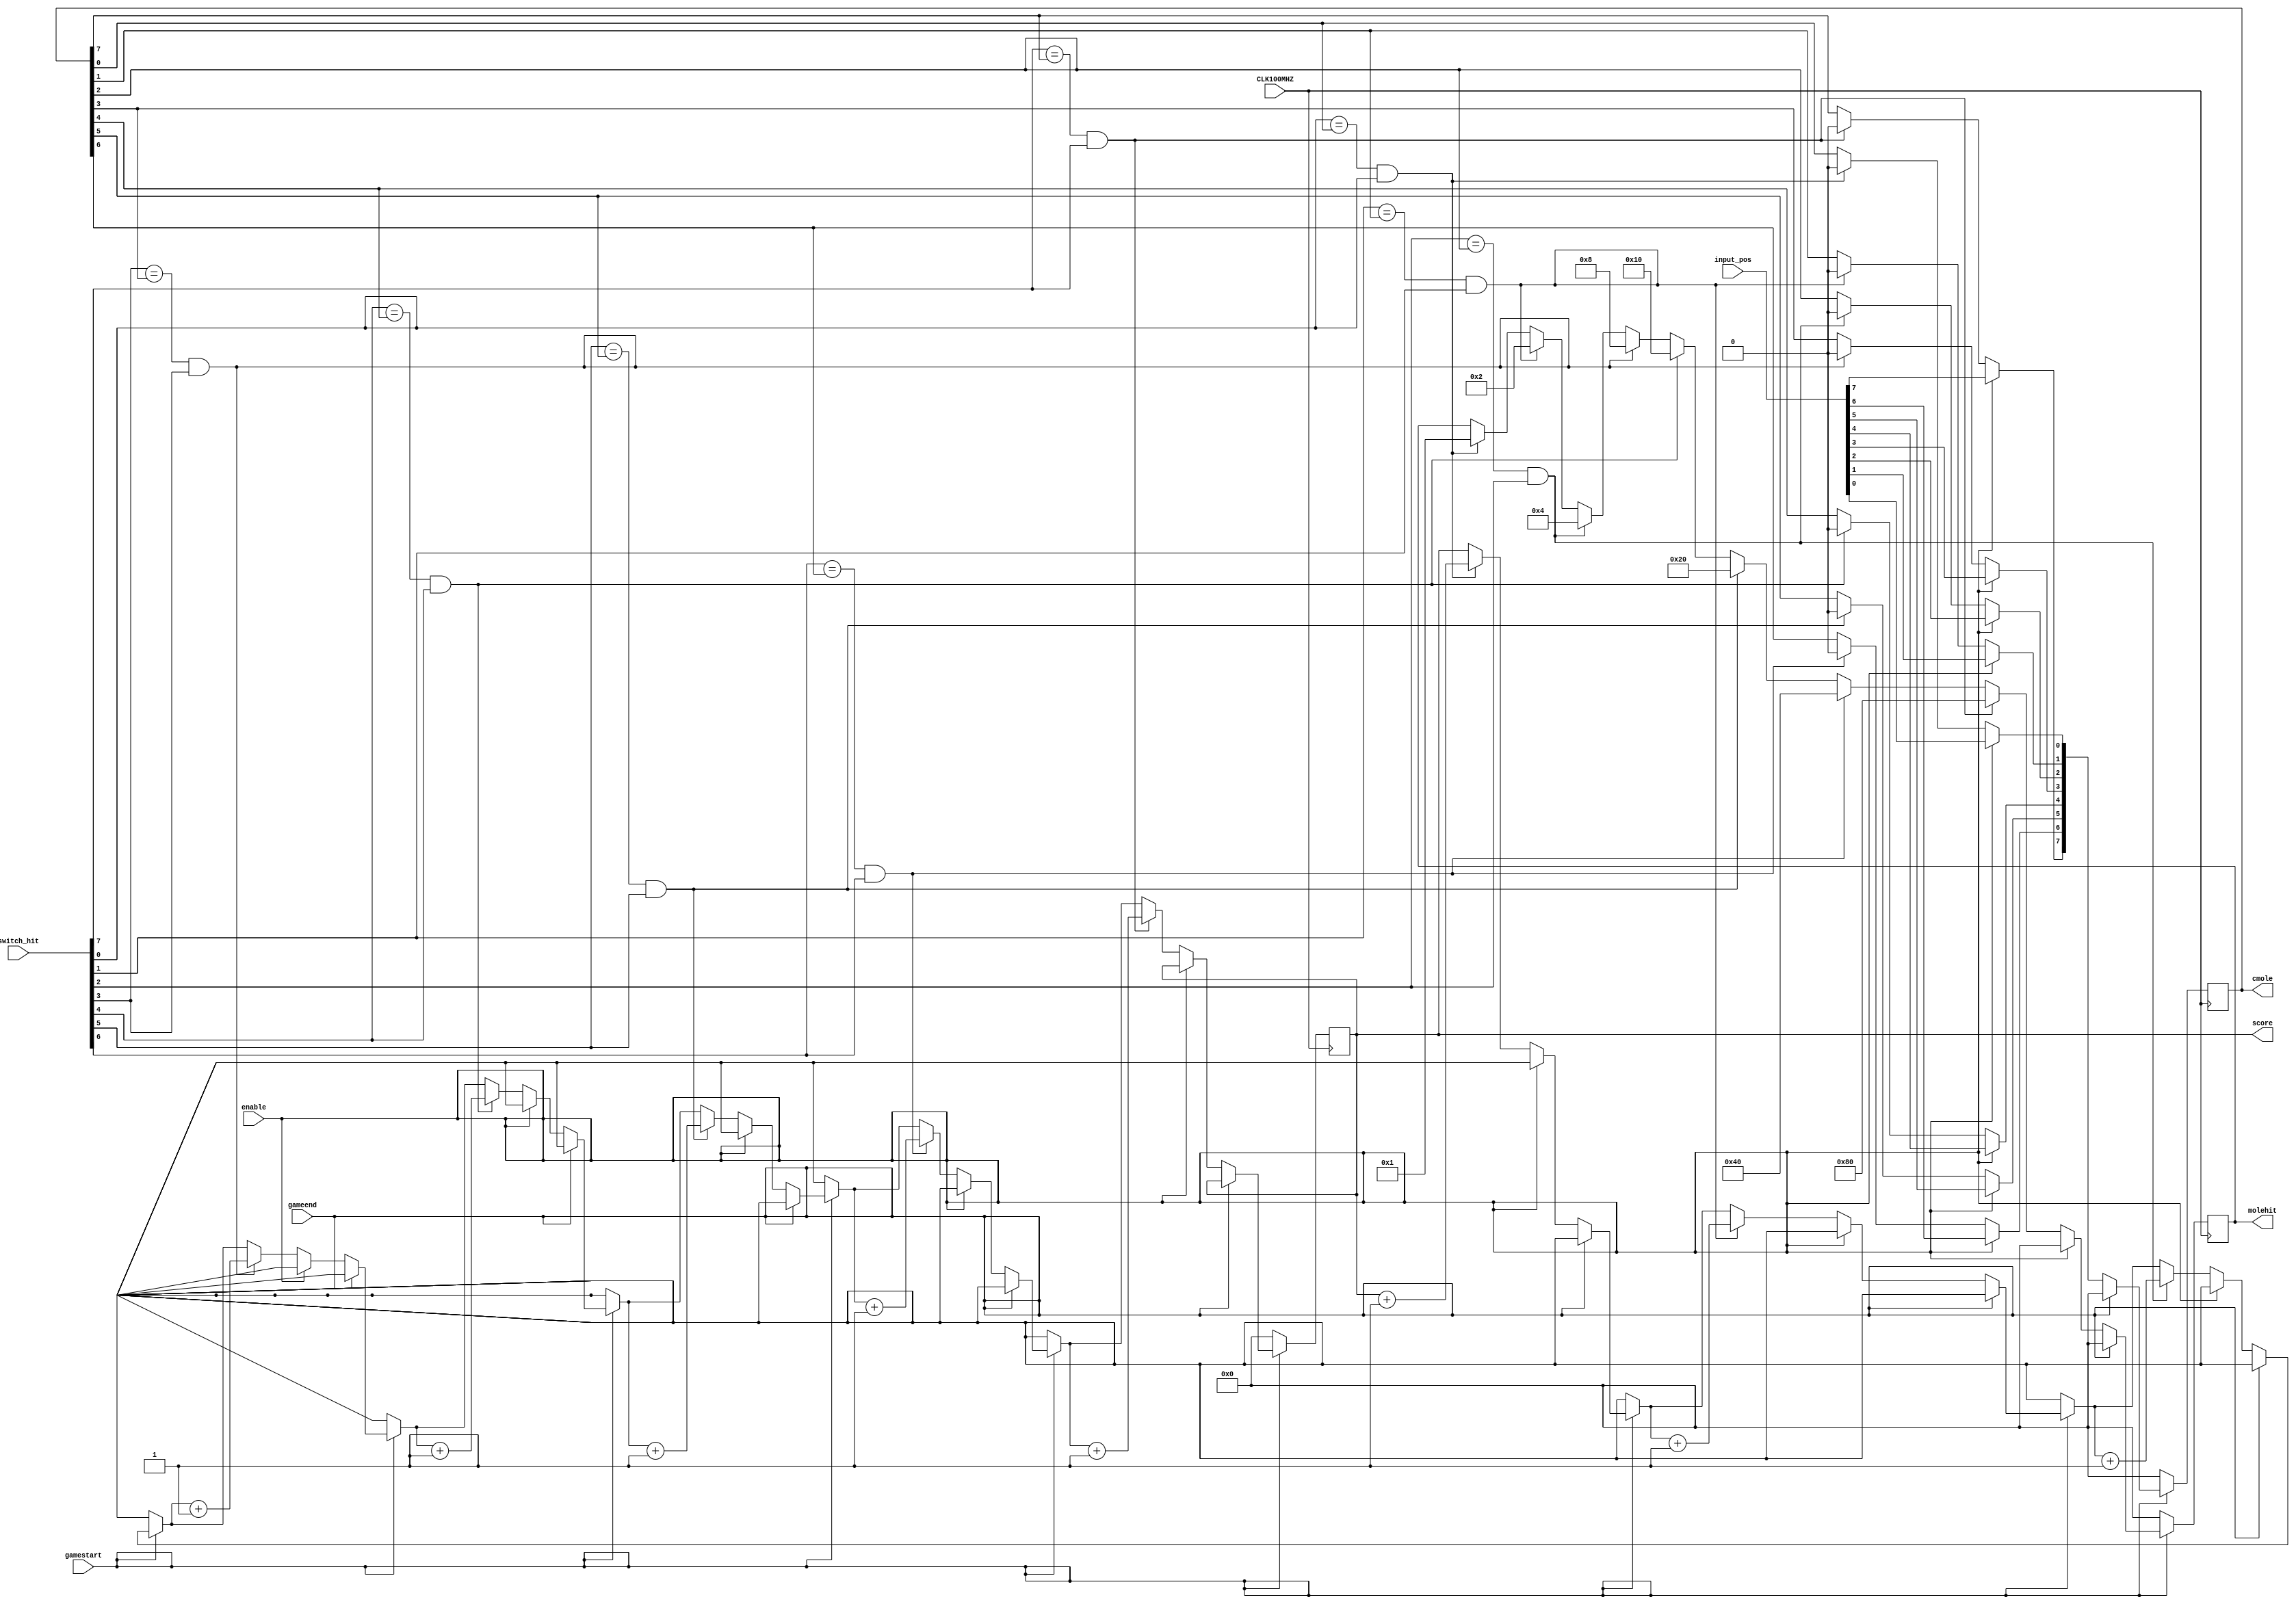
`timescale 1ns / 1ps
//////////////////////////////////////////////////////////////////////////////////
// Company: 
// Engineer: 
// 
// Design Name: 
// Module Name: score_tracker
// Project Name: 
// Target Devices: 
// Tool Versions: 
// Description: 
// 
// Dependencies: 
// 
// Revision:
// Revision 0.01 - File Created
// Additional Comments:
// 
//////////////////////////////////////////////////////////////////////////////////


module score_tracker(
    input CLK100MHZ,
    input enable,       //Signal that moles updated
    input gamestart,    //Signal that game started
    input gameend,      //Signal that game ended
    input [7:0] input_pos,  //The input of mole's position
    input [7:0] switch_hit, //Input of which switch was hit
    output reg [7:0] molehit = 0,   //Output indicating which mole has been hit
    output reg [7:0] cmole = 0, //Output of mole that is displayed to FPGA/VGA
    output reg [7:0] score = 0  //the current score
    );
    always @(posedge CLK100MHZ)
    begin
        //If the game has not started/reset then reset score and moles
        if(gamestart == 0)
        begin
            cmole = 0;
            score = 0;
            molehit = 0;
        end
        else // Game has been started and in the process of playing
        begin
            if(gameend == 1) //If game has played all the way through
            begin
                molehit = 0;
                cmole = 0;
            end
            else
            begin          
                if(enable == 1) //Indicates that new mole is output, so update values
                begin
                    cmole = input_pos;
                    molehit = 0;
                end
                else 
                begin
                    //Checks if the switch that went high matches a mole currently high                   
                    if(switch_hit[0] == cmole[0] && switch_hit[0] == 1) //Only triggers if switch 0 has been hit
                    begin
                        score = score + 1;
                        cmole[0] = 0;
                        molehit = 8'b00000001;
                    end
                    if(switch_hit[1] == cmole[1] && switch_hit[1] == 1) //Only triggers if switch 1 has been hit
                    begin
                        score = score + 1;
                        cmole[1] = 0;
                        molehit = 8'b00000010;
                    end
                    if(switch_hit[2] == cmole[2] && switch_hit[2] == 1) //Only triggers if switch 2 has been hit
                    begin
                        score = score + 1;
                        cmole[2] = 0;
                        molehit = 8'b00000100;
                    end
                    if(switch_hit[3] == cmole[3] && switch_hit[3] == 1) //Only triggers if switch 3 has been hit
                    begin
                        score = score + 1;
                        cmole[3] = 0;
                        molehit = 8'b00001000;
                    end
                    if(switch_hit[4] == cmole[4] && switch_hit[4] == 1) //Only triggers if switch 4 has been hit
                    begin
                        score = score + 1;
                        cmole[4] = 0;
                        molehit = 8'b00010000;
                    end
                    if(switch_hit[5] == cmole[5] && switch_hit[5] == 1) //Only triggers if switch 5 has been hit
                    begin
                        score = score + 1;
                        cmole[5] = 0;
                        molehit = 8'b00100000;
                    end
                    if(switch_hit[6] == cmole[6] && switch_hit[6] == 1) //Only triggers if switch 6 has been hit
                    begin
                        score = score + 1;
                        cmole[6] = 0;
                        molehit = 8'b01000000;
                    end
                    if(switch_hit[7] == cmole[7] && switch_hit[7] == 1) //Only triggers if switch 7 has been hit
                    begin
                        score = score + 1;
                        cmole[7] = 0;
                        molehit = 8'b10000000;
                    end 
                end
            end
        end
    end
endmodule